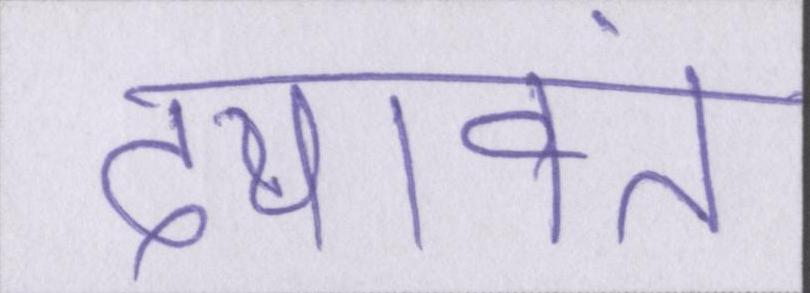
दयावंत